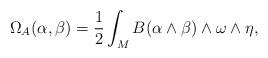
LaTeX: \begin{align*}\Omega_A( \alpha , \beta ) = \frac{1}{2} \int_M B( \alpha \wedge \beta ) \wedge \omega \wedge \eta,\end{align*}